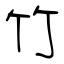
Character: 竹